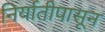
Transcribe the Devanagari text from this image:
निर्यातीपासून